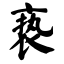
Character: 亵